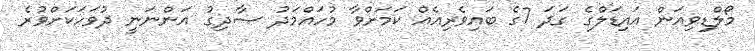
މޯލްޑިވިއަން އައިޑަލްގެ ގަދަ 7ގެ ބައިވެރިއެއް ކަމަށްވާ މުހައްމަދު ޞާދިގު އަންނަނީ ދުވަހަކަށްވުރެ